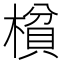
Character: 𰘝